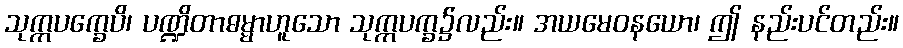
သုက္ကပက္ခေပိ၊ ပဏ္ဍိတာဓမ္မာဟူသော သုက္ကပက္ခ၌လည်း။ အယမေဝနယော၊ ဤ နည်းပင်တည်း။